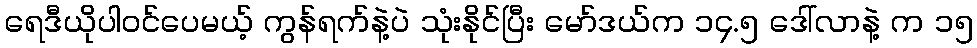
ရေဒီယိုပါဝင်ပေမယ့် ကွန်ရက်နဲ့ပဲ သုံးနိုင်ပြီး မော်ဒယ်က ၁၄.၅ ဒေါ်လာနဲ့ က ၁၅